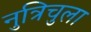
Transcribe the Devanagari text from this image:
नुत्रिचुला